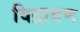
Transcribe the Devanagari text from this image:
विद्रावण